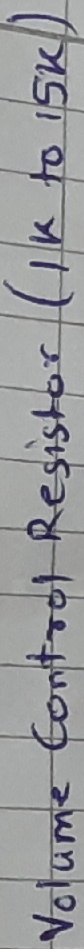
Text: Volume control Resistor(1k to 15k)